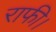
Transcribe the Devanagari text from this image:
राफी।